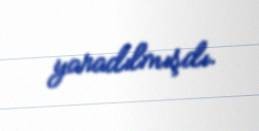
yaradılmışdı.